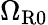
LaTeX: \Omega_{\mathrm{R0}}